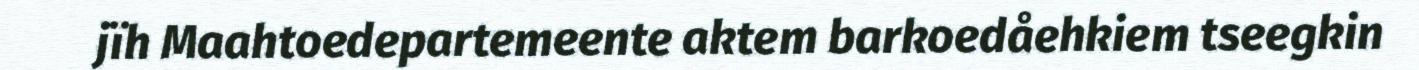
jïh Maahtoedepartemeente aktem barkoedåehkiem tseegkin